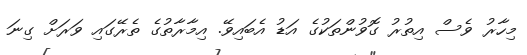
މިހާރު ވެސް އިތުރު ގޮވުންތަކުގެ އަޑު އެބައިވޭ. އިމާރާތުގެ ތެރޭގައި ވަރަށް ގިނަ